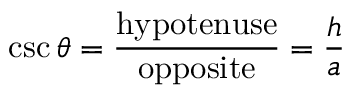
\csc \theta = { \frac { \mathrm { h y p o t e n u s e } } { \mathrm { o p p o s i t e } } } = { \frac { h } { a } }